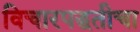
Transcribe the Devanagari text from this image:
विचारपद्धतीचा